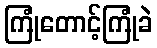
ကြုံတောင့်ကြုံခဲ